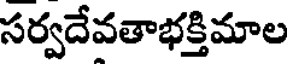
సర్వదేవతాభక్తిమాల